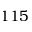
1 1 5